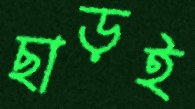
ছাড়ই